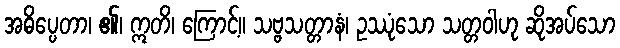
အဓိပ္ပေတာ၊ ၏၊ ဣတိ၊ ကြောင့်။ သဗ္ဗသတ္တာနံ၊ ဥဿုံသော သတ္တဝါဟု ဆိုအပ်သော